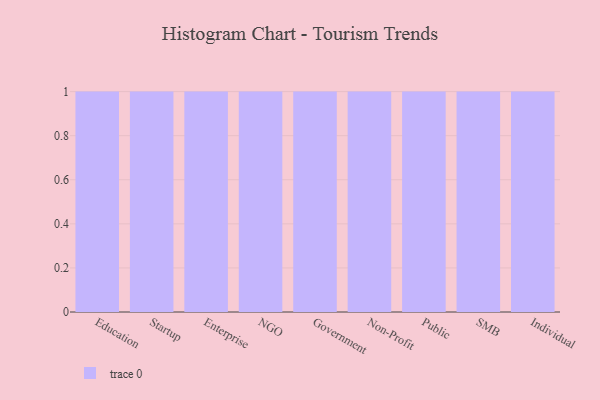
{"axis": {"x": "Segment", "y": "Market Share (%)"}, "legend": [""], "data": [{"x": "Education", "y": 100, "type": ""}, {"x": "Startup", "y": 84, "type": ""}, {"x": "Enterprise", "y": 76, "type": ""}, {"x": "NGO", "y": 91, "type": ""}, {"x": "Government", "y": 1, "type": ""}, {"x": "Non-Profit", "y": 46, "type": ""}, {"x": "Public", "y": 26, "type": ""}, {"x": "SMB", "y": 95, "type": ""}, {"x": "Individual", "y": 25, "type": ""}]}